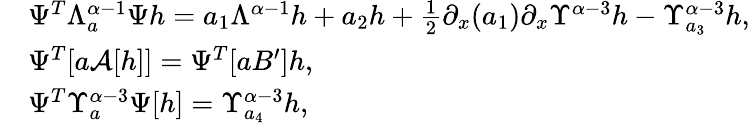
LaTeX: \begin{array}{rl}&{\Psi^{T}\Lambda_{a}^{\alpha-1}\Psi h=a_{1}\Lambda^{\alpha-1}h+a_{2}h+\frac{1}{2}\partial_{x}(a_{1})\partial_{x}\Upsilon^{\alpha-3}h-\Upsilon_{a_{3}}^{\alpha-3}h,}\\ &{\Psi^{T}[a\mathcal{A}[h]]=\Psi^{T}[aB^{\prime}]h,}\\ &{\Psi^{T}\Upsilon_{a}^{\alpha-3}\Psi[h]=\Upsilon_{a_{4}}^{\alpha-3}h,}\end{array}